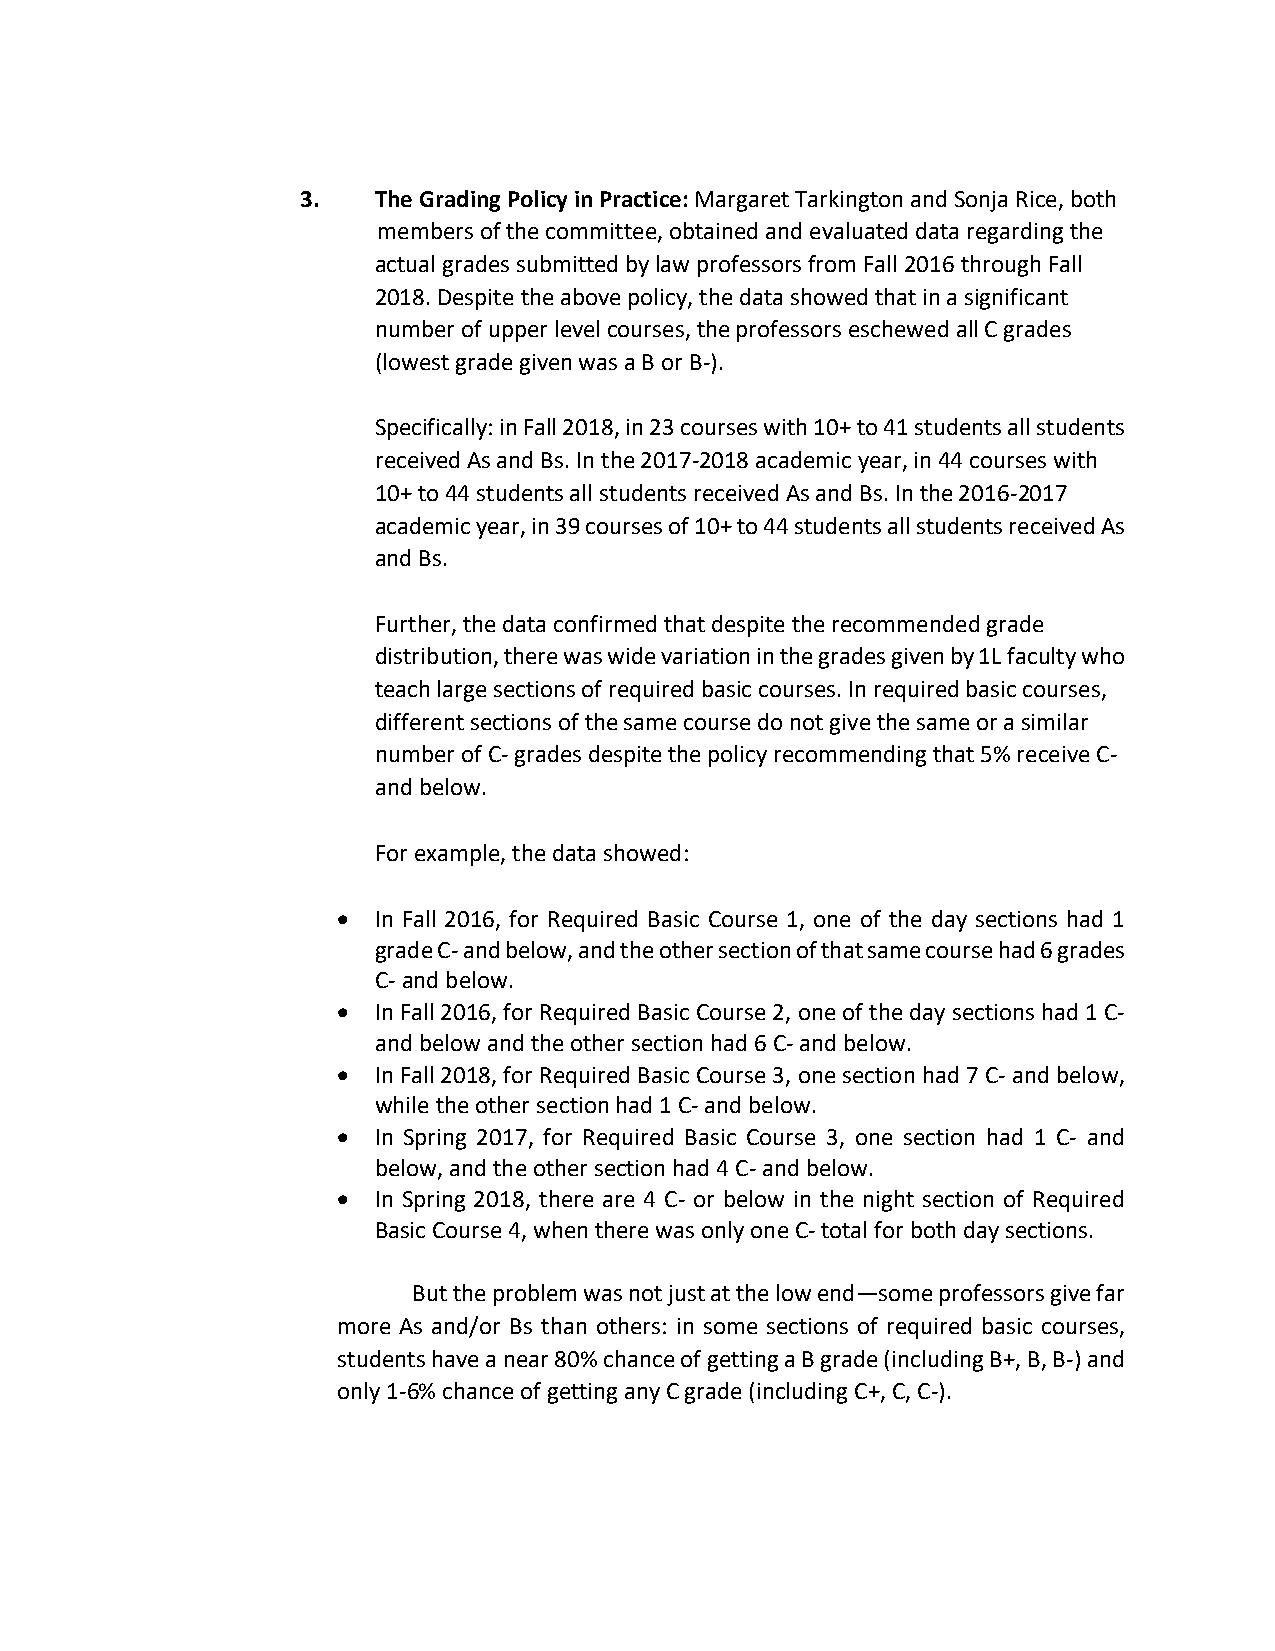
3.   The Grading Policy in Practice: Margaret Tarkington and Sonja Rice, both
 members of the committee, obtained and evaluated data regarding the
 actual grades submitted by law professors from Fall 2016 through Fall
 2018. Despite the above policy, the data showed that in a significant
 number of upper level courses, the professors eschewed all C grades
 (lowest grade given was a B or B-).
 Specifically: in Fall 2018, in 23 courses with 10+ to 41 students all students
 received As and Bs. In the 2017-2018 academic year, in 44 courses with
 10+ to 44 students all students received As and Bs. In the 2016-2017
 academic year, in 39 courses of 10+ to 44 students all students received As
 and Bs.
 Further, the data confirmed that despite the recommended grade
 distribution, there was wide variation in the grades given by 1L faculty who
 teach large sections of required basic courses. In required basic courses,
 different sections of the same course do not give the same or a similar
 number of C- grades despite the policy recommending that 5% receive C-
 and below.
 For example, the data showed:
 •  In Fall 2016, for Required Basic Course 1, one of the day sections had 1
 grade C- and below, and the other section of that same course had 6 grades
 C- and below.
 •  In Fall 2016, for Required Basic Course 2, one of the day sections had 1 C-
 and below and the other section had 6 C- and below.
 •  In Fall 2018, for Required Basic Course 3, one section had 7 C- and below,
 while the other section had 1 C- and below.
 •  In Spring 2017, for Required Basic Course 3, one section had 1 C- and
 below, and the other section had 4 C- and below.
 •  In Spring 2018, there are 4 C- or below in the night section of Required
 Basic Course 4, when there was only one C- total for both day sections.
 But the problem was not just at the low end—some professors give far
 more As and/or Bs than others: in some sections of required basic courses,
 students have a near 80% chance of getting a B grade (including B+, B, B-) and
 only 1-6% chance of getting any C grade (including C+, C, C-).